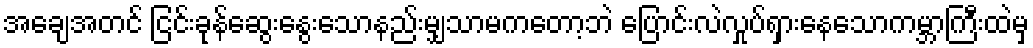
အချေအတင် ငြင်းခုန်ဆွေးနွေးသောနည်းမျှသာမကတော့ဘဲ ပြောင်းလဲလှုပ်ရှားနေသောကမ္ဘာကြီးထဲမှ